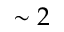
\sim 2